system: You are a helpful assistant.
user:
Analyze the provided spectrum to determine if it is a **S-type Star**.

- **Key Indicators for S-type Star:**

    - **(Overall Spectrum Shape):** The first and most obvious characteristic is the overall continuum (the "baseline" shape). It is **extremely "red-sloping,"** meaning the flux (light intensity) is very low on the left side (blue, ~4000-4500 Å) and rises steeply and continuously toward the right side (red, ~7000 Å+).

    - **(Primary):** The spectrum is defined by the presence of strong, broad molecular absorption "valleys" (bands) from **Zirconium Oxide (ZrO)**. The identification of these bands is the **primary requirement** for classifying a star as S-type.
        - **(Key Bandheads):** You must find distinct, deep "dips" where the light has been absorbed. The most critical band systems to locate are:
            - **~6474 Å** ($\gamma$-system): This is often the strongest and clearest ZrO feature, found in the red part of the spectrum.
            - **~5718 Å** & **~5551 Å** ($\beta$-system): A pair of prominent absorption features in the yellow-orange part of the spectrum.
            - **~4640 Å** ($\alpha$-system): A key absorption band system in the blue-green region of the spectrum.

    - **(Secondary Confirmation):** The classification is strengthened by finding additional absorption bands from other related heavy element oxides, which are expected to be present alongside ZrO.
        - **(Key Bandheads):**
            - **Yttrium Oxide (YO):** Look for absorption dips near **~4800 Å** and **~6100 Å**.
            - **Lanthanum Oxide (LaO):** Additional absorption features, particularly in the red-orange part of the spectrum, are also characteristic.

    - **(Line Profile):** The combination of the steep red continuum and these numerous, deep molecular bands (ZrO, YO, etc.) gives the entire spectrum a very **"chopped-up"** or **"bumpy"** appearance. Instead of a smooth curve, the spectrum looks as though large, wide chunks of light have been "carved out" of it at the specific wavelengths listed above.

Think first, call **spectral_visualization_tool** if needed to examine features in detail, then provide your final answer. Your response must adhere to the following strict rules:
1.  **Overall Structure:** Your response must follow the format `<think>...</think> <tool_call>...</tool_call> (if a tool is used) <answer>...</answer>`.
2.  **Tool Usage Constraint:** You may only make **one** tool call per turn.
3.  **Final Answer Format:** In the `<answer>` tag, your conclusion must be inside a `\boxed{}` command (e.g., `\boxed{YES}` or `\boxed{NO}`), followed by your justification.

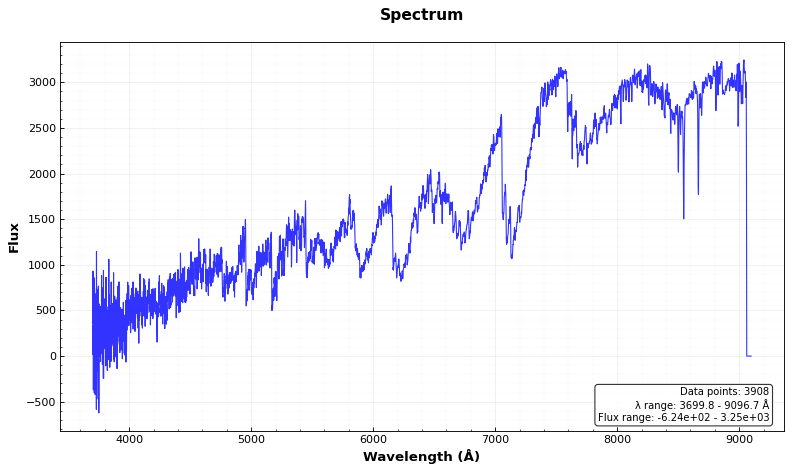
Answer: YES